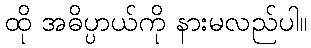
ထို အဓိပ္ပာယ်ကို နားမလည်ပါ။